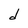
Character: d